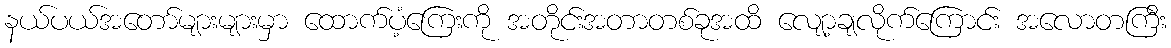
နယ်ပယ်အတော်များများမှာ ထောက်ပံ့ကြေးကို အတိုင်းအတာတစ်ခုအထိ လျော့ချလိုက်ကြောင်း အလောတကြီး